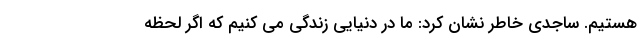
هستیم. ساجدی خاطر نشان کرد: ما در دنیایی زندگی می کنیم که اگر لحظه